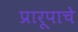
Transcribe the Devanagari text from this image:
प्रारूपाचे